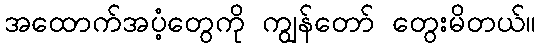
အထောက်အပံ့တွေကို ကျွန်တော် တွေးမိတယ်။